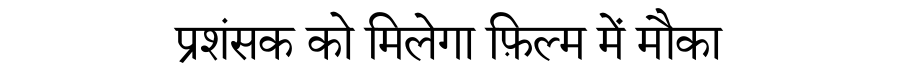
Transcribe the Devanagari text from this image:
प्रशंसक को मिलेगा फ़िल्म में मौका